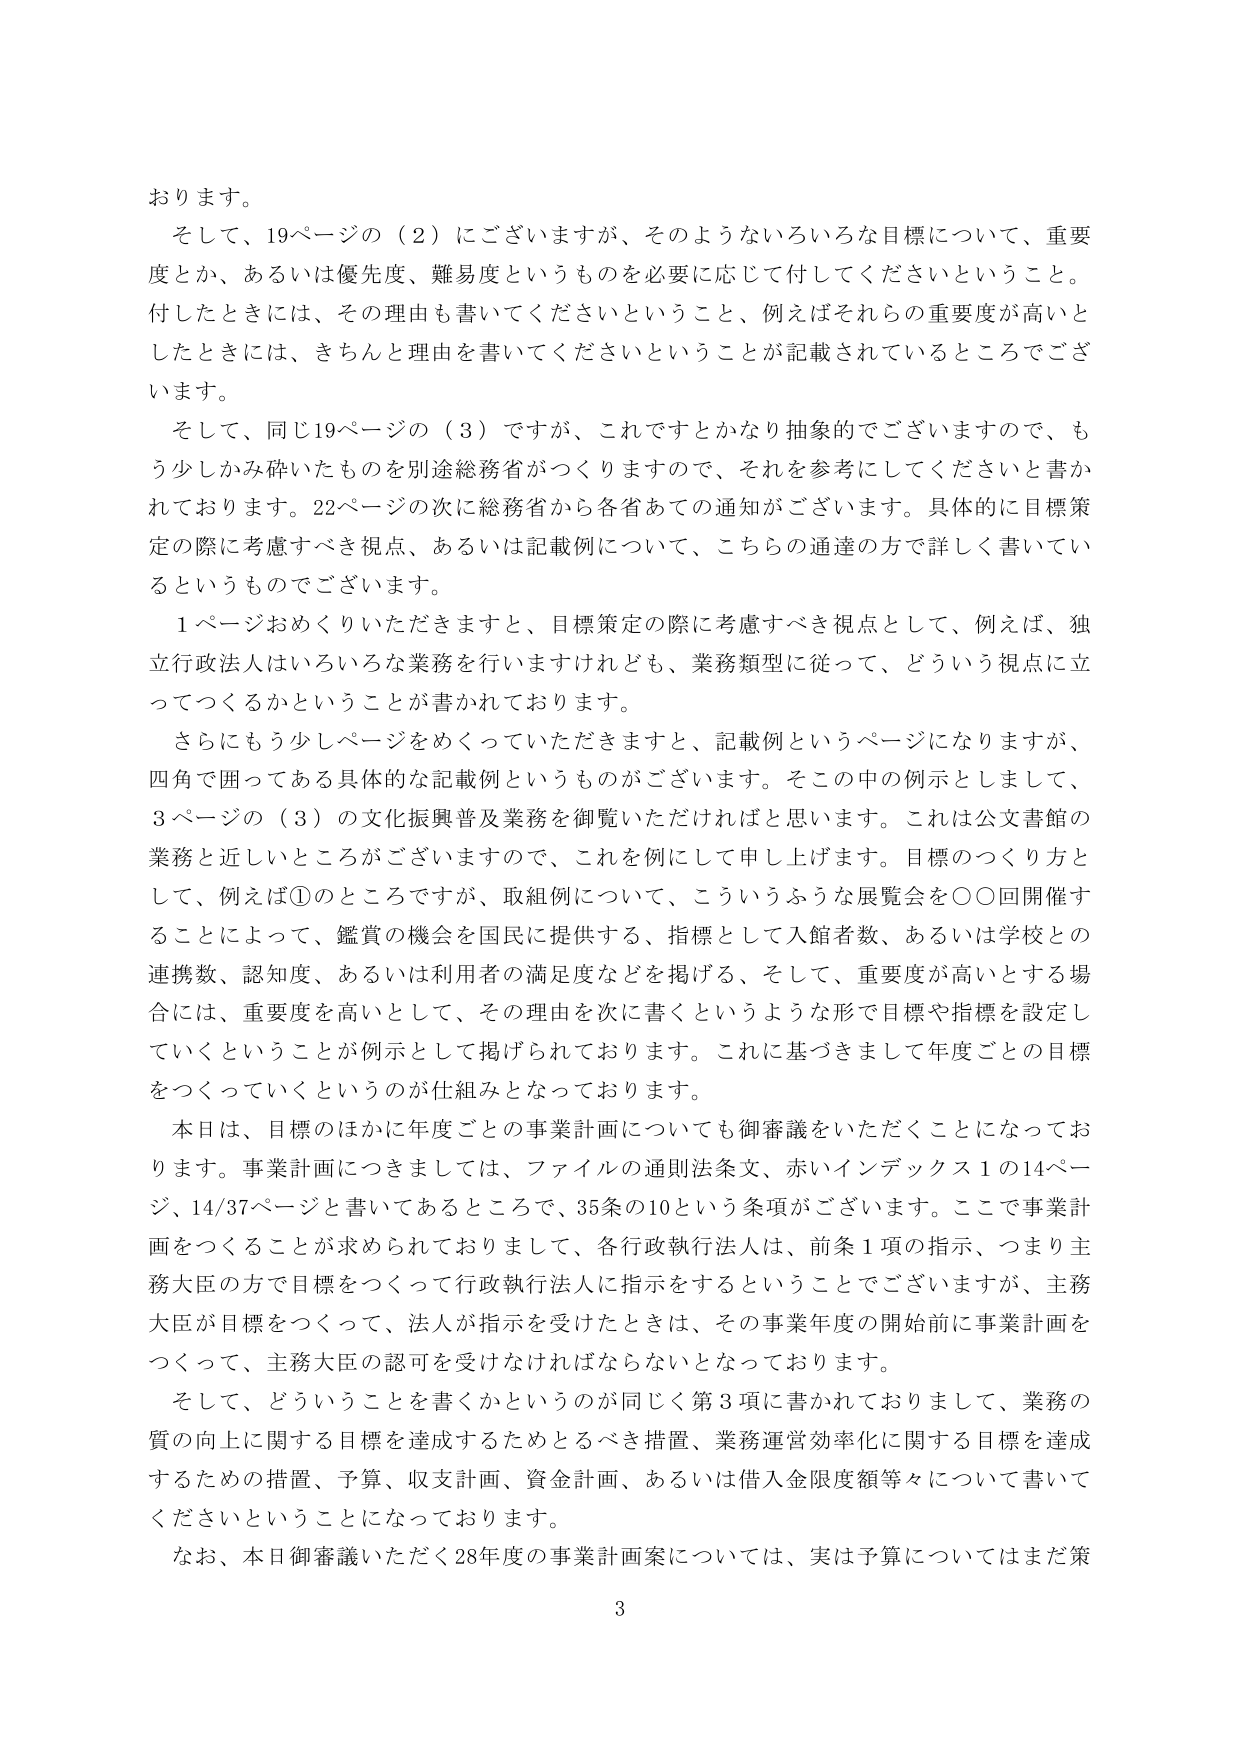
おります。
そして、19ページの（2）にございますが、そのようないろいろな目標について、重要
度とか、あるいは優先度、難易度というものを必要に応じて付してくださいということ。
付したときには、その理由も書いてくださいということ、例えばそれらの重要度が高いと
したときには、きちんと理由を書いてくださいということが記載されているところでござ
います。
そして、同じ19ページの（3）ですが、これですとかなり抽象的でございますので、も
う少しかみ砕いたものを別途総務省がつくりますので、それを参考にしてくださいと書か
れております。22ページの次に総務省から各省あての通知がございます。具体的に目標策
定の際に考慮すべき視点、あるいは記載例について、こちらの通達の方で詳しく書いてい
るというものでございます。
1ページおめくりいただきますと、目標策定の際に考慮すべき視点として、例えば、独
立行政法人はいろいろな業務を行いますけれども、業務類型に従って、どういう視点に立
ってつくるかということが書かれております。
さらにもう少しページをめくっていただきますと、記載例というページになりますが、
四角で囲ってある具体的な記載例というものがございます。そこの中の例示としまして、
3ページの（3）の文化振興普及業務を御覧いただければと思います。これは公文書館の
業務と近しいところがございますので、これを例にして申し上げます。目標のつくり方と
して、例えば①のところですが、取組例について、こういうふうな展覧会を○○回開催す
ることによって、鑑賞の機会を国民に提供する、指標として入館者数、あるいは学校との
連携数、認知度、あるいは利用者の満足度などを掲げる、そして、重要度が高いとする場
合には、重要度を高いとして、その理由を次に書くというような形で目標や指標を設定し
ていくということが例示として掲げられております。これに基づきまして年度ごとの目標
をつくっていくというのが仕組みとなっております。
本日は、目標のほかに年度ごとの事業計画についても御審議をいただくことになってお
ります。事業計画につきましては、ファイルの通則法条文、赤いインデックス1の14ペー
ジ、14/37ページと書いてあるところで、35条の10という条項がございます。ここで事業計
画をつくることが求められておりまして、各行政執行法人は、前条1項の指示、つまり主
務大臣の方で目標をつくって行政執行法人に指示をするということでございますが、主務
大臣が目標をつくって、法人が指示を受けたときは、その事業年度の開始前に事業計画を
つくって、主務大臣の認可を受けなければならないとなっております。
そして、どういうことを書くかというのが同じく第3項に書かれておりまして、業務の
質の向上に関する目標を達成するためとるべき措置、業務運営効率化に関する目標を達成
するための措置、予算、収支計画、資金計画、あるいは借入金限度額等々について書いて
くださいということになっております。
なお、本日御審議いただく28年度の事業計画案については、実は予算についてはまだ策
3